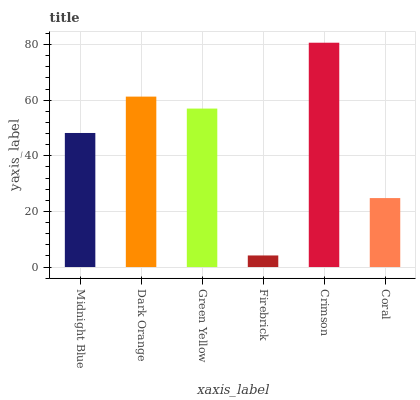
| xaxis_label | bars |
 | --- | --- |
 | Midnight Blue | 48.2 |
 | Dark Orange | 61.3 |
 | Green Yellow | 57 |
 | Firebrick | 4.16 |
 | Crimson | 80.6 |
 | Coral | 24.8 |